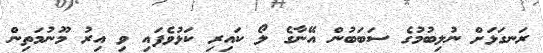
ރަނގަޅަށް ނުލިބުމުގެ ސަބަބުން އޭނާގެ ލޯ ކައިރި ކަޅުވެފައި ވި އިރު މޫނުމަތިން